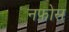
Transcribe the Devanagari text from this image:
नफ़ोस